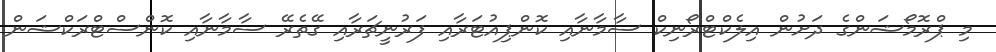
މި ޕްރޮމޯޝަންގެ ދަށުން އިލެކްޓްރޯނިކް ސާމާނާއި ކޮންޕިއުޓަރާއި ފަރުނީޗަރާއި ގޭތެރޭ ސާމާނާއި ކޮންސްޓްރަކްޝަން